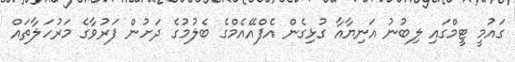
ގައުމީ ޓީމްގައި ލިބުނު އަނިޔާއާ ގުޅިގެން އެފްއޭއެމްގެ ބެލުމުގެ ދަށުން ފަރުވާގެ މަރުހަލާތައް